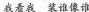
我看我 装谁像谁